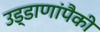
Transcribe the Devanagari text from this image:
उड्डाणांपैकी